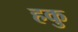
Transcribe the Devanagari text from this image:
हकु